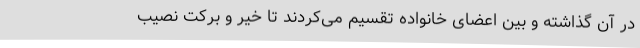
در آن گذاشته و بین اعضای خانواده تقسیم می‌کردند تا خیر و برکت نصیب